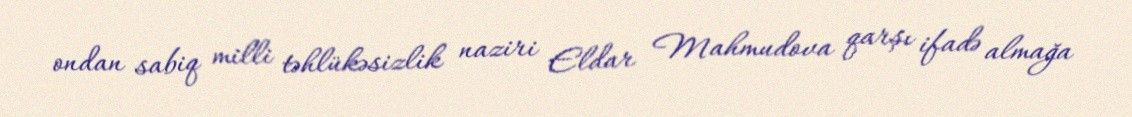
ondan sabiq milli təhlükəsizlik naziri Eldar Mahmudova qarşı ifadə almağa